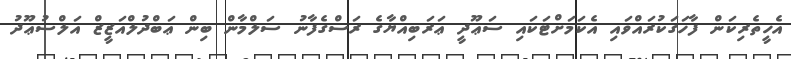
އެހީތެރިކަން ފާހަގަކުރައްވައި އެކަމަށްޓަކައި ސަޢޫދީ ޢަރަބިއްޔާގެ ރަސްގެފާނު ސަލްމާން ބިން ޢަބްދުލްއަޒީޒް އަލްސުޢޫދު